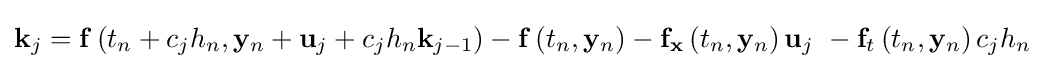
\mathbf {k} _{j}=\mathbf {f} \left(t_{n}+c_{j}h_{n},\mathbf {y} _{n}+\mathbf {u} _{j}+c_{j}h_{n}\mathbf {k} _{j-1}\right)-\mathbf {f} \left(t_{n},\mathbf {y} _{n}\right)-\mathbf {f} _{\mathbf {x} }\left(t_{n},\mathbf {y} _{n}\right)\mathbf {u} _{j}\ -\mathbf {f} _{t}\left(t_{n},\mathbf {y} _{n}\right)c_{j}h_{n}